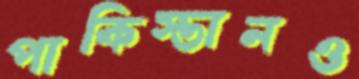
পাকিস্তানও